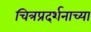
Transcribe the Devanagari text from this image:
चित्रप्रदर्शनाच्या